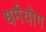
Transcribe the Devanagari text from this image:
धर्मयोग